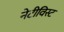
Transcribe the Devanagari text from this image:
नेटीविस्ट